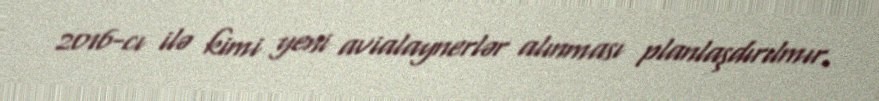
2016-cı ilə kimi yeni avialaynerlər alınması planlaşdırılmır.